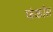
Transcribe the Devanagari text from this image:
फंकॉस